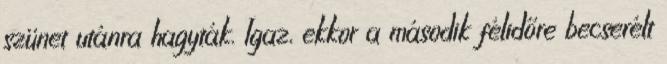
szünet utánra hagyták. Igaz, ekkor a második félidőre becserélt